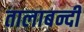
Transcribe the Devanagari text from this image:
तालाबन्दी